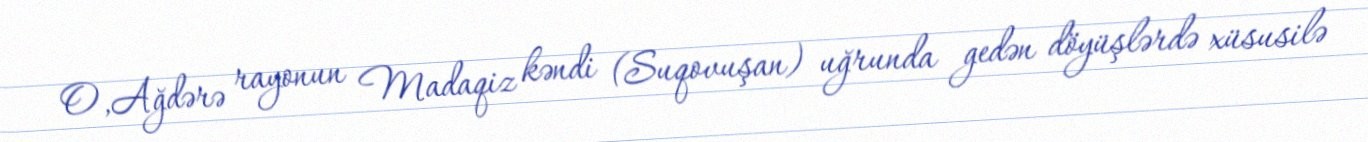
O,Ağdərə rayonun Madaqiz kəndi (Suqovuşan) uğrunda gedən döyüşlərdə xüsusilə